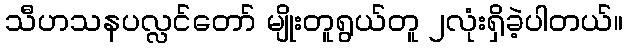
သီဟသနပလ္လင်တော် မျိုးတူရွယ်တူ ၂လုံးရှိခဲ့ပါတယ်။